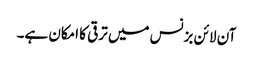
آن لائن بزنس میں ترقی کا امکان ہے۔